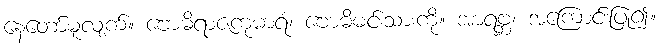
နေတော်မူလျက်။ ဗောဓိရာဇကုမာရံ၊ ဗောဓိမင်းသားကို။ အာရဗ္ဘ၊ အကြောင်းပြု၍။